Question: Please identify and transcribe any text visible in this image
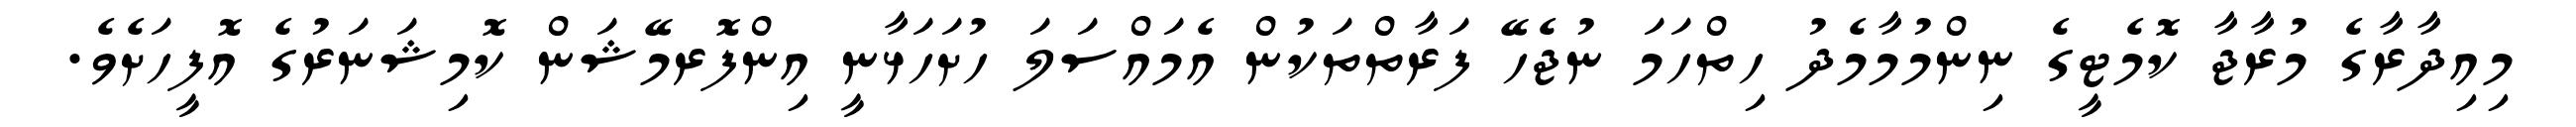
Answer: މިއިދާރާގެ މުރާޖާ ކޮމެޓީގެ ނިންމުމާމެދު ހިތްހަމަ ނުޖެހޭ ފަރާތްތަކުން އެމައްސަލަ ހުށަހަޅާނީ އިންފޮރމޭޝަން ކޮމިޝަނަރުގެ އޮފީހަށެވެ.